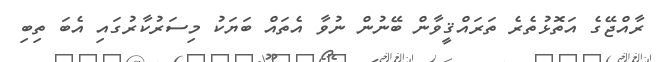
ރާއްޖޭގެ އަތޮޅުތެރެ ތަރައްޤީވާން ބޭނުން ނުވާ އެތައް ބަޔަކު މިސަރުކާރުގައި އެބަ ތިބި